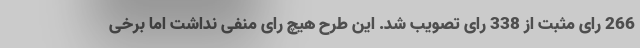
266 رای مثبت از 338 رای تصویب شد. این طرح هیچ رای منفی نداشت اما برخی